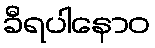
ခီရပါနောဝ